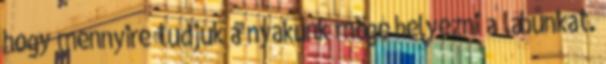
hogy mennyire tudjuk a nyakunk mögé helyezni a lábunkat.